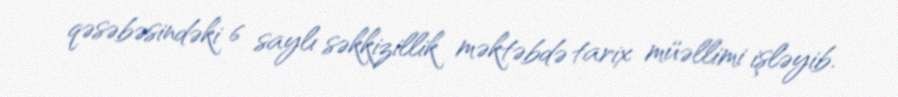
qəsəbəsindəki 6 saylı səkkizillik məktəbdə tarix müəllimi işləyib.